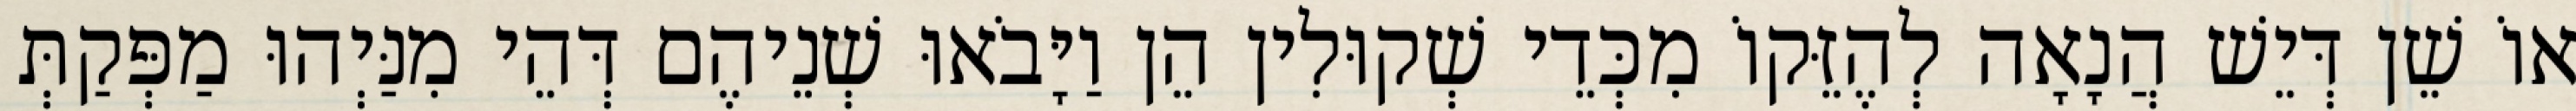
אוֹ שֵׁן דְּיֵשׁ הֲנָאָה לְהֶזֵּקוֹ מִכְּדֵי שְׁקוּלִין הֵן וַיָּבֹאוּ שְׁנֵיהֶם דְּהֵי מִנַּיְהוּ מַפְּקַתְּ